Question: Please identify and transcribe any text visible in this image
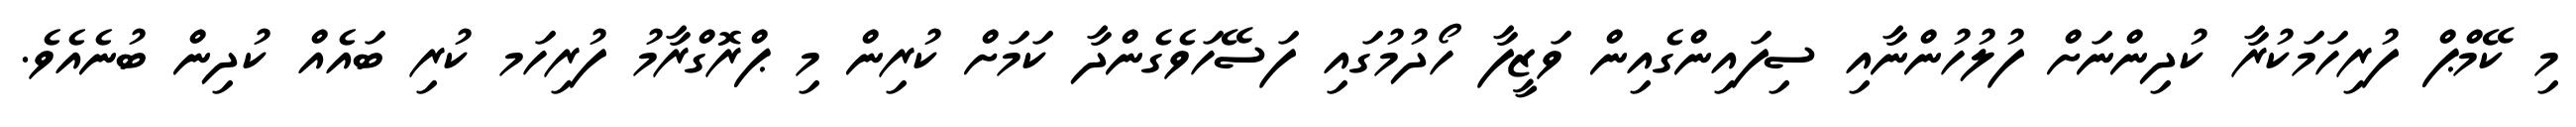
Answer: މި ކޭމްޕް ފުރިހަމަކުރާ ކުދިންނަށް ފުލުހުންނާއި ސިފައިންގެއިން ވަޒީފާ ހޯދުމުގައި ފަސޭހަވެގެންދާ ކަމަށް ކުރިން މި ޕްރޮގްރާމު ފުރިހަމ ކުރި ބައެއް ކުދިން ބުނެއެވެ.